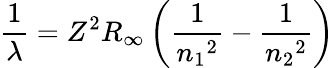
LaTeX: {\frac{1}{\lambda}}=Z^{2}R_{\infty}\left({\frac{1}{{n_{1}}^{2}}}-{\frac{1}{{n_{2}}^{2}}}\right)